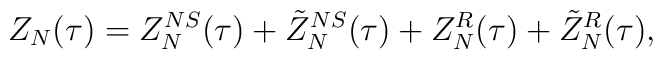
Z_N(\tau) = Z^{NS}_N(\tau) + \tilde Z^{NS}_N(\tau) +  Z^R_N(\tau) + \tilde Z^R_N(\tau),